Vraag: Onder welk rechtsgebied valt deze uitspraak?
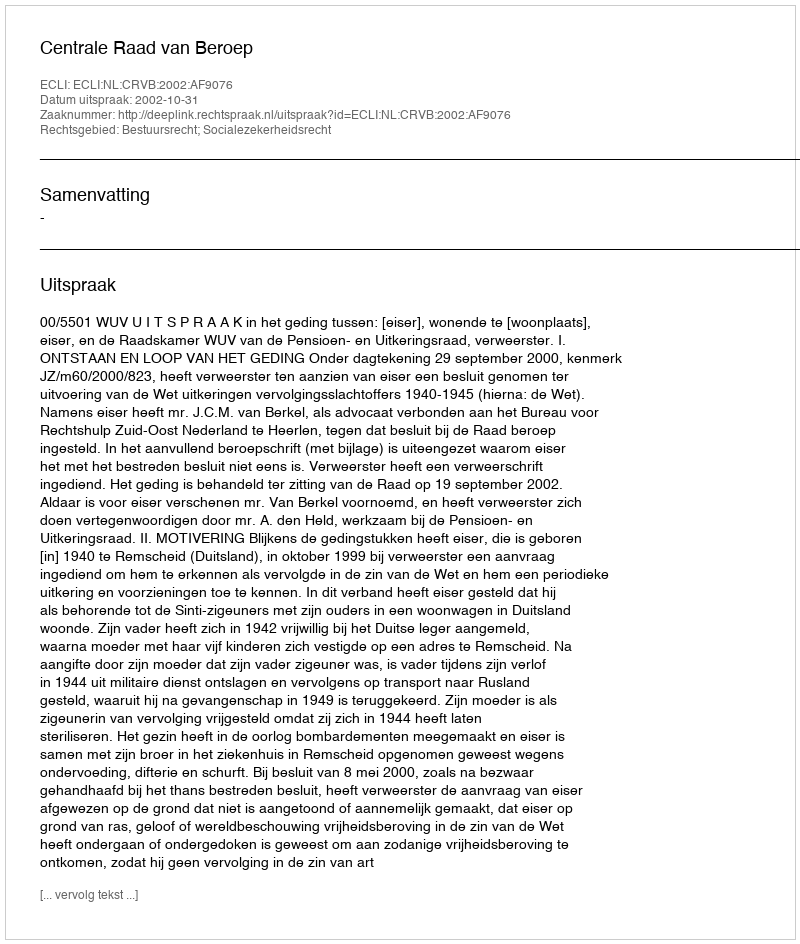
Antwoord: Bestuursrecht; Socialezekerheidsrecht